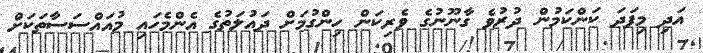
އަދި މިފަދަ ކަންކަމުން ދުރުވެ ގާނޫނުގެ ވެރިކަން ހިންގުމަށް ދައުލަތުގެ އެންމެހައި މުއައްސަސާތަކަށް